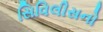
સિવિલીસનો